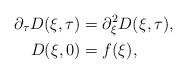
LaTeX: \begin{align*}\partial_{\tau} D(\xi, \tau) &= \partial_{\xi}^{2} D(\xi, \tau), \\D(\xi, 0) &= f(\xi), \end{align*}